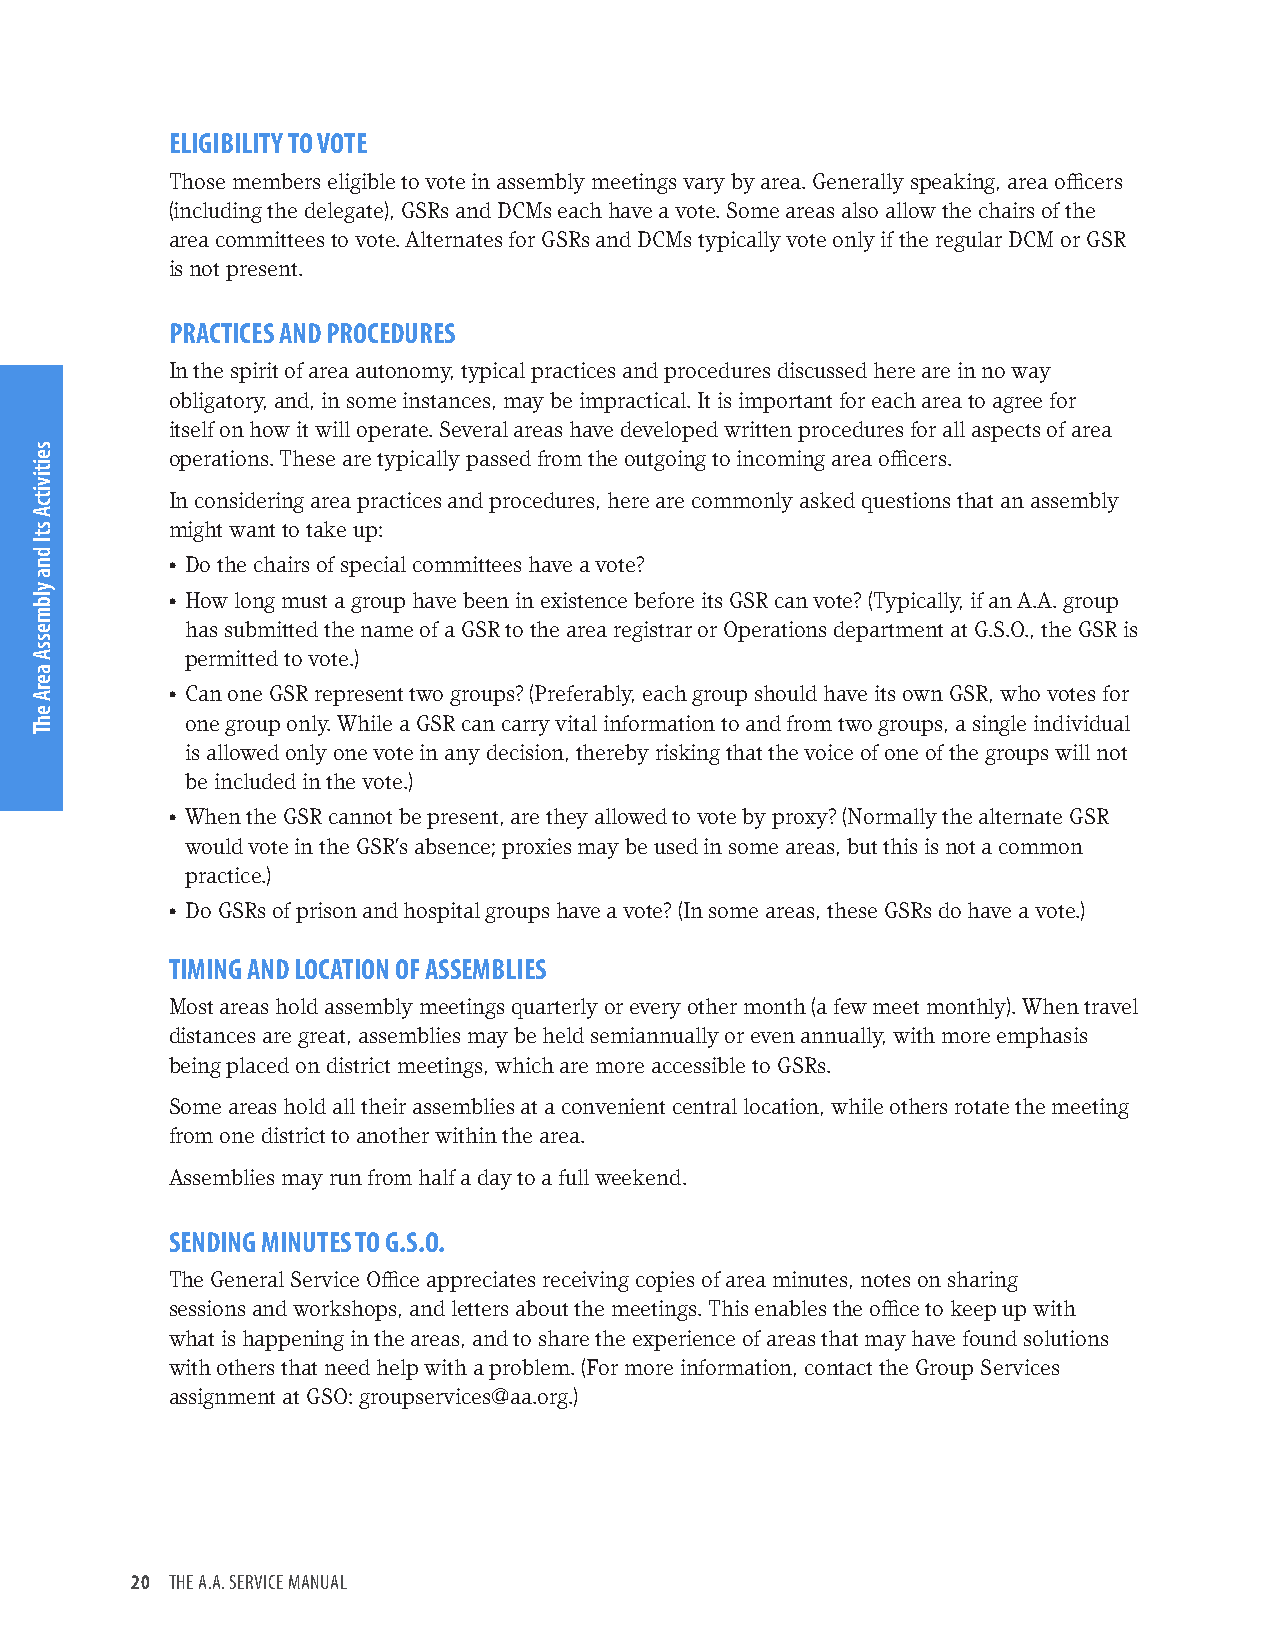
ELIGIBILITY TO VOTE
 Those members eligible to vote in assembly meetings vary by area. Generally speaking, area officers
 (including the delegate), GSRs and DCMs each have a vote. Some areas also allow the chairs of the
 area committees to vote. Alternates for GSRs and DCMs typically vote only if the regular DCM or GSR
 is not present.
 PRACTICES AND PROCEDURES
 In the spirit of area autonomy, typical practices and procedures discussed here are in no way
 obligatory, and, in some instances, may be impractical. It is important for each area to agree for
 itself on how it will operate. Several areas have developed written procedures for all aspects of area
 operations. These are typically passed from the outgoing to incoming area officers.
 In considering area practices and procedures, here are commonly asked questions that an assembly
 might want to take up:
 • Do the chairs of special committees have a vote?
 • How long must a group have been in existence before its GSR can vote? (Typically, if an A.A. group
 has submitted the name of a GSR to the area registrar or Operations department at G.S.O., the GSR is
 permitted to vote.)
 • Can one GSR represent two groups? (Preferably, each group should have its own GSR, who votes for
 one group only. While a GSR can carry vital information to and from two groups, a single individual
 is allowed only one vote in any decision, thereby risking that the voice of one of the groups will not
 be included in the vote.)
 • When the GSR cannot be present, are they allowed to vote by proxy? (Normally the alternate GSR
 would vote in the GSR’s absence; proxies may be used in some areas, but this is not a common
 practice.)
 • Do GSRs of prison and hospital groups have a vote? (In some areas, these GSRs do have a vote.)
 TIMING AND LOCATION OF ASSEMBLIES
 Most areas hold assembly meetings quarterly or every other month (a few meet monthly). When travel
 distances are great, assemblies may be held semiannually or even annually, with more emphasis
 being placed on district meetings, which are more accessible to GSRs.
 Some areas hold all their assemblies at a convenient central location, while others rotate the meeting
 from one district to another within the area.
 Assemblies may run from half a day to a full weekend.
 SENDING MINUTES TO G.S.O.
 The General Service Office appreciates receiving copies of area minutes, notes on sharing
 sessions and workshops, and letters about the meetings. This enables the office to keep up with
 what is happening in the areas, and to share the experience of areas that may have found solutions
 with others that need help with a problem. (For more information, contact the Group Services
 assignment at GSO: groupservices@aa.org.)
 20 THE A.A. SERVICE MANUAL
 seitivitcA
 stI
 dna
 ylbmessA
 aerA
 ehT